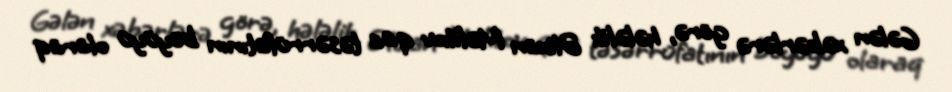
Gələn xəbərlərə görə, hələlik Əlixan Məlikov qaz təsərrüfatının böyüyü olaraq